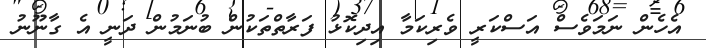
އެހެން ނަމަވެސް އަސްކަރީ ވެރިކަމާ އިދިކޮޅު ފަރާތްތަކުން ބުނަމުން ދަނީ އެ ގާނޫނު